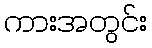
ကားအတွင်း